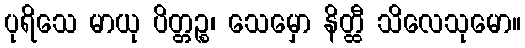
ပုရိသေ မာယု ပိတ္တဉ္စ၊ သေမှော နိတ္ထီ သိလေသုမော။